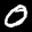
Label: 0